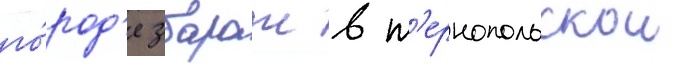
го́род'е збараж в т'ернопольскои